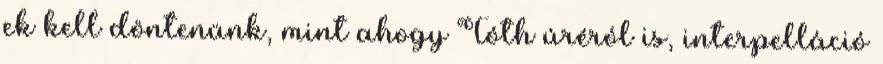
ek kell döntenünk, mint ahogy Tóth úréról is, interpelláció